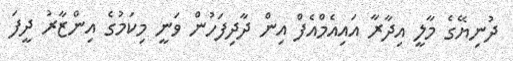
ދުނިޔޭގެ މާލީ އިދާރާ އައިއެމްއެފް އިން ދާދިފަހުން ވަނީ މިކަމުގެ އިންޒާރު ދީފަ